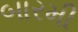
બારમી